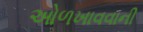
ઓળખાવવાની